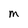
Character: M